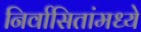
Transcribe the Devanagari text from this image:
निर्वासितांमध्ये